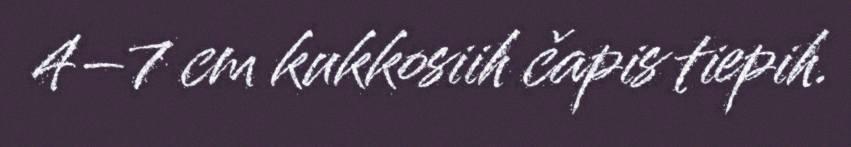
4–7 cm kukkosiih čapis tiepih.